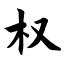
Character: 权